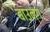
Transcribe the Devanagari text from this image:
बाउन्ग